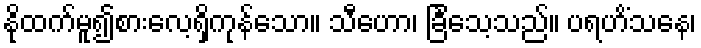
နိုထက်မူ၍စားလေ့ရှိကုန်သော။ သီဟော၊ ခြင်္သေ့သည်။ ပရဟိံသနေ၊